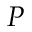
P